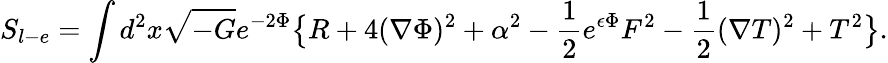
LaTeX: S_{l-e}=\int d^{2}x\sqrt{-G}e^{-2\Phi}\big\{ R+4(\nabla\Phi)^{2}+\alpha^{2}-{\frac{1}{2}}e^{\epsilon\Phi}F^{2}-{\frac{1}{2}}(\nabla T)^{2}+T^{2}\big\} .